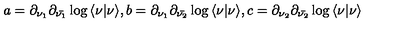
a = { \partial _ { \nu _ { 1 } } } { \partial _ { \bar { \nu _ { 1 } } } } \log { \langle \nu \vert \nu \rangle } , b = { \partial _ { \nu _ { 1 } } } { \partial _ { \bar { \nu _ { 2 } } } } \log { \langle \nu \vert \nu \rangle } , c = { \partial _ { \nu _ { 2 } } } { \partial _ { \bar { \nu _ { 2 } } } } \log { \langle \nu \vert \nu \rangle }